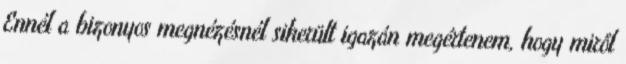
Ennél a bizonyos megnézésnél sikerült igazán megértenem, hogy miről